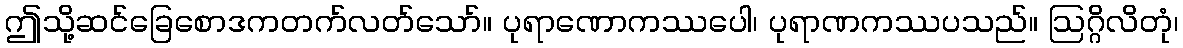
ဤသို့ဆင်ခြေစောဒကတက်လတ်သော်။ ပုရာဏောကဿပေါ၊ ပုရာဏကဿပသည်။ ဩဂ္ဂိလိတုံ၊